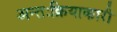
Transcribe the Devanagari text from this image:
अन्तःक्रियाकारी